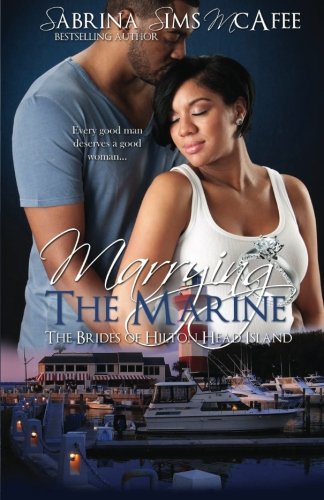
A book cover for Marrying the Marine (The Brides of Hilton Head Island) (Volume 1); Sabrina Sims McAfee; Romance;